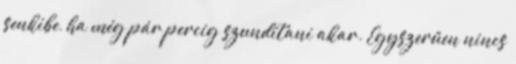
senkibe, ha még pár percig szundítani akar. Egyszerűen nincs